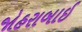
જોહરાબાઈ